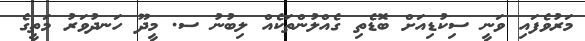
މަރުވެފައި ވަނީ ސިކުޑިއަށް ބޮޑެތި ގެއްލުންތަކެއް ލިބުނު ސ. މީދޫ ހަނދުވަރު މަތީގެ